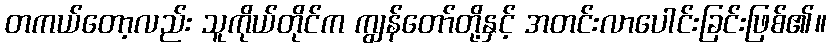
တကယ်တော့လည်း သူကိုယ်တိုင်က ကျွန်တော်တို့နှင့် အတင်းလာပေါင်းခြင်းဖြစ်၏။